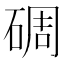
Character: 碉